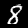
Digit: 8